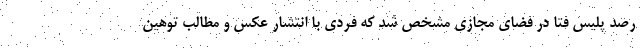
رصد پلیس فتا در فضای مجازی مشخص شد که فردی با انتشار عکس و مطالب توهین